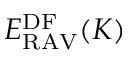
E _ { \mathrm { R A V } } ^ { \mathrm { D F } } ( K )